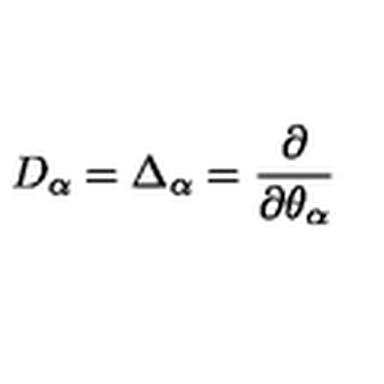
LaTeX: D _ { \alpha } = \Delta _ { \alpha } = \frac { \partial } { \partial \theta _ { \alpha } }